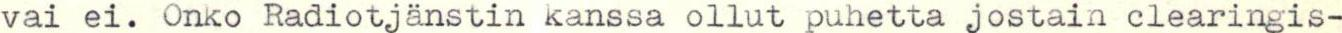
vai ei. Onko Radiotjänstin kanssa ollut puhetta jostain clearingis-